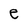
Character: e